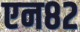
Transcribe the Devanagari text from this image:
एन८२